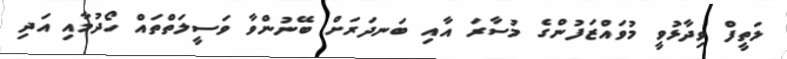
ލަތީފް ވިދާޅުވީ މުވައްޒަފުންގެ މުސާރަ އާއި ބަނދަރަށް ބޭނުންވާ ވަސީލަތްތައް ހޯދުމާއި އަދި